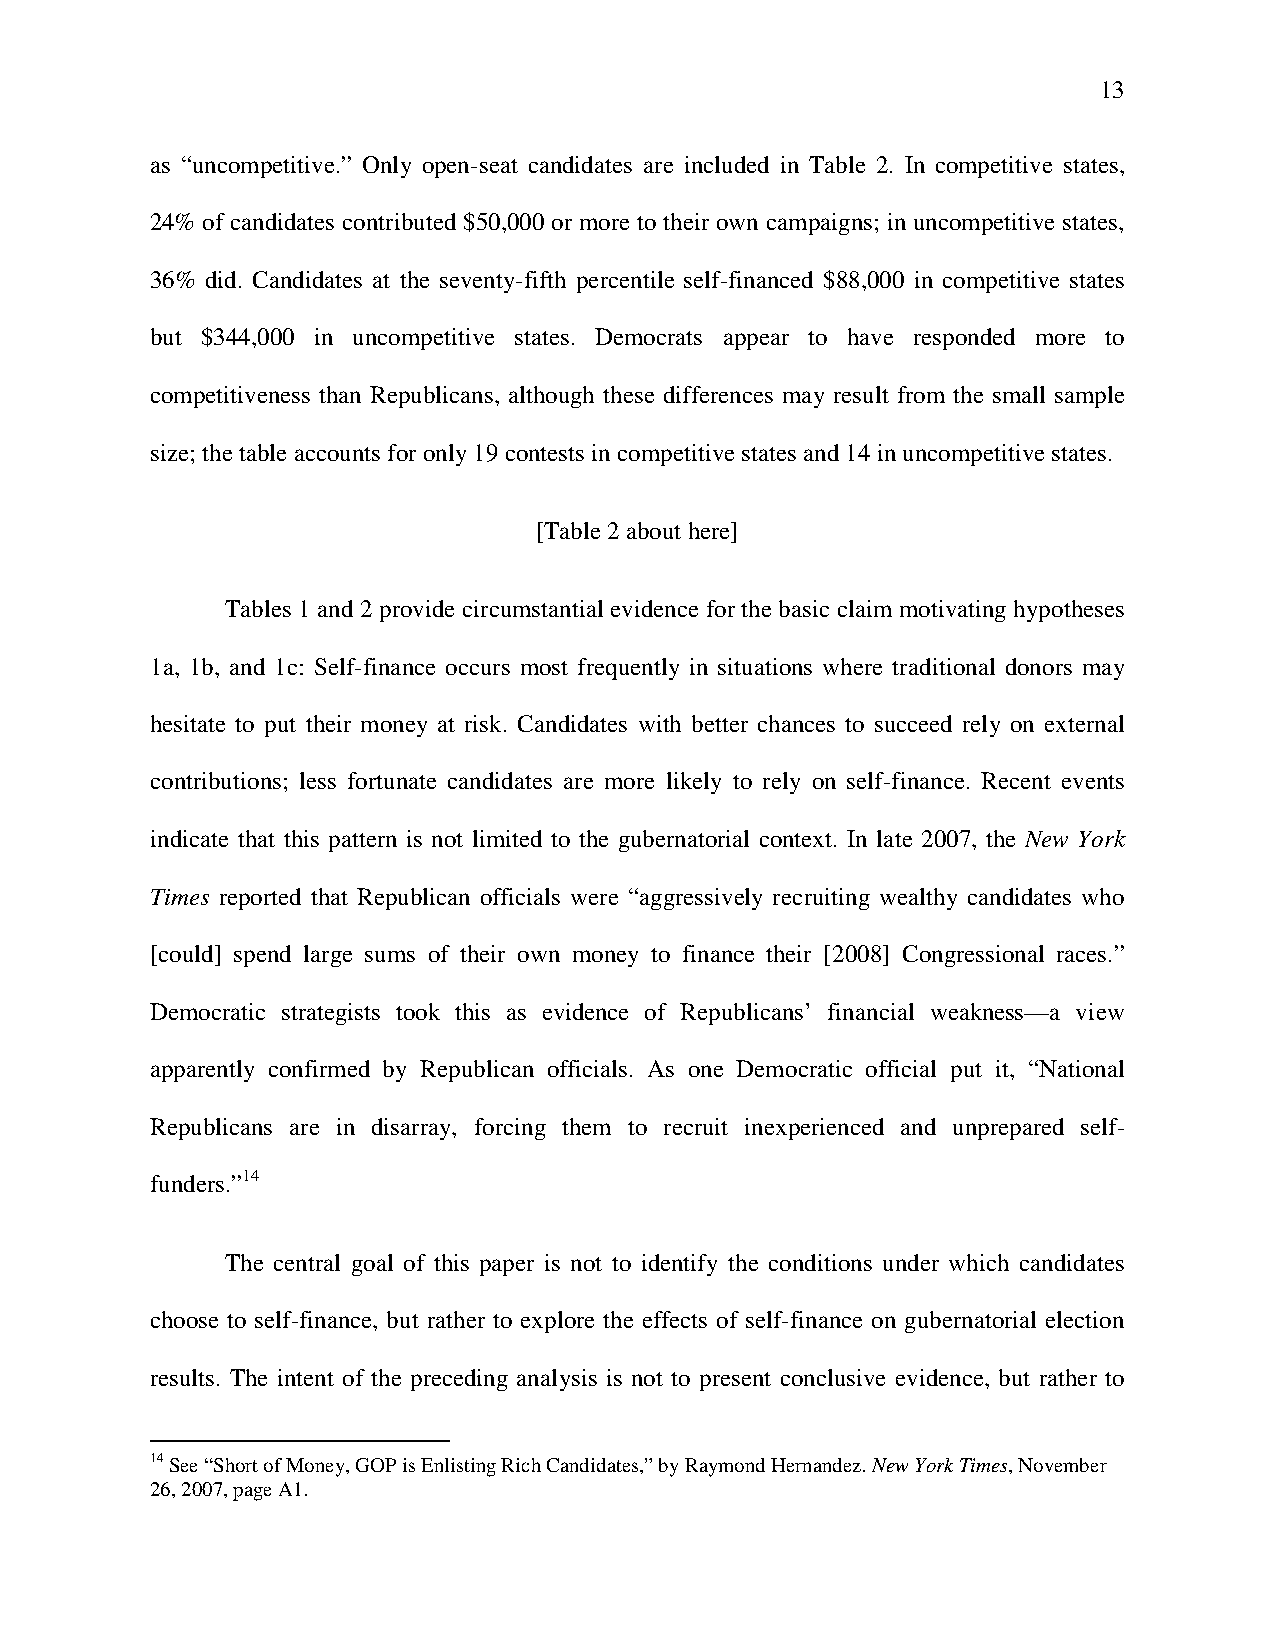
13
 as “uncompetitive.” Only open-seat candidates are included in Table 2. In competitive states,
 24% of candidates contributed $50,000 or more to their own campaigns; in uncompetitive states,
 36% did. Candidates at the seventy-fifth percentile self-financed $88,000 in competitive states
 but $344,000 in uncompetitive states. Democrats appear to have responded more to
 competitiveness than Republicans, although these differences may result from the small sample
 size; the table accounts for only 19 contests in competitive states and 14 in uncompetitive states.
 [Table 2 about here]
 Tables 1 and 2 provide circumstantial evidence for the basic claim motivating hypotheses
 1a, 1b, and 1c: Self-finance occurs most frequently in situations where traditional donors may
 hesitate to put their money at risk. Candidates with better chances to succeed rely on external
 contributions; less fortunate candidates are more likely to rely on self-finance. Recent events
 indicate that this pattern is not limited to the gubernatorial context. In late 2007, the New York
 Times reported that Republican officials were “aggressively recruiting wealthy candidates who
 [could] spend large sums of their own money to finance their [2008] Congressional races.”
 Democratic strategists took this as evidence of Republicans’ financial weakness—a view
 apparently confirmed by Republican officials. As one Democratic official put it, “National
 Republicans are in disarray, forcing them to recruit inexperienced and unprepared self-
 funders.”14
 The central goal of this paper is not to identify the conditions under which candidates
 choose to self-finance, but rather to explore the effects of self-finance on gubernatorial election
 results. The intent of the preceding analysis is not to present conclusive evidence, but rather to
 14 See “Short of Money, GOP is Enlisting Rich Candidates,” by Raymond Hernandez. New York Times, November
 26, 2007, page A1.